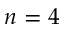
n = 4